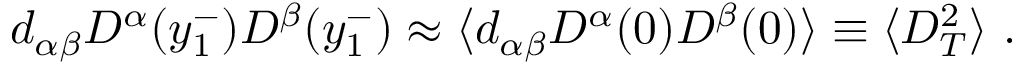
d _ { \alpha \beta } D ^ { \alpha } ( y _ { 1 } ^ { - } ) D ^ { \beta } ( y _ { 1 } ^ { - } ) \approx \langle d _ { \alpha \beta } D ^ { \alpha } ( 0 ) D ^ { \beta } ( 0 ) \rangle \equiv \langle D _ { T } ^ { 2 } \rangle \ .